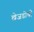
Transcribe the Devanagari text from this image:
खेजडीची